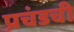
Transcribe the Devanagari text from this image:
प्रचंडची